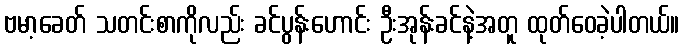
ဗမာ့ခေတ် သတင်းစာကိုလည်း ခင်ပွန်းဟောင်း ဦးအုန်းခင်နဲ့အတူ ထုတ်ဝေခဲ့ပါတယ်။